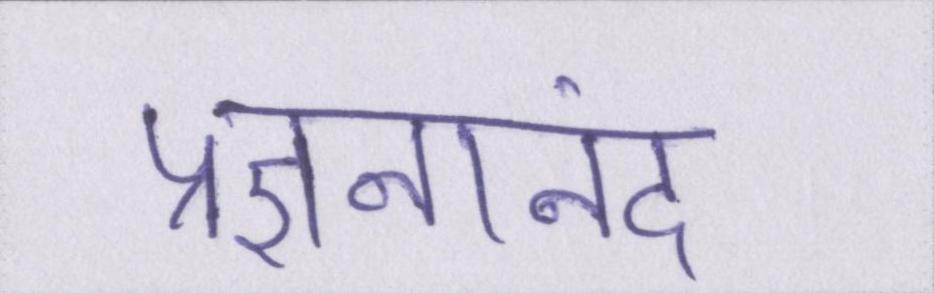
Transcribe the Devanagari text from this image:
प्रज्ञनानंद